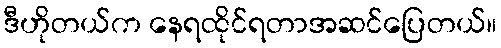
ဒီဟိုတယ်က နေရထိုင်ရတာအဆင်ပြေတယ်။